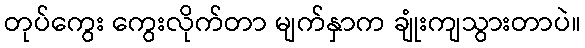
တုပ်ကွေး ကွေးလိုက်တာ မျက်နှာက ချုံးကျသွားတာပဲ။